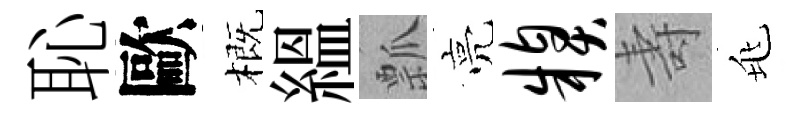
恥歐概緼瓢亮糗壽兆